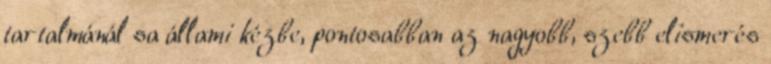
tartalmánál sa állami kézbe, pontosabban az nagyobb, szebb elismerés